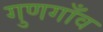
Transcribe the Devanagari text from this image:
गुणगाँव